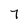
Character: 7